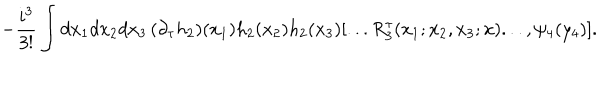
- \frac { i ^ { 3 } } { 3 ! } \int d x _ { 1 } d x _ { 2 } d x _ { 3 } \, ( \partial _ { \tau } h _ { 2 } ) ( x _ { 1 } ) h _ { 2 } ( x _ { 2 } ) h _ { 2 } ( x _ { 3 } ) [ . . . R _ { 3 } ^ { \tau } ( x _ { 1 } ; x _ { 2 } , x _ { 3 } ; x ) . . . , \psi _ { 4 } ( y _ { 4 } ) ] .